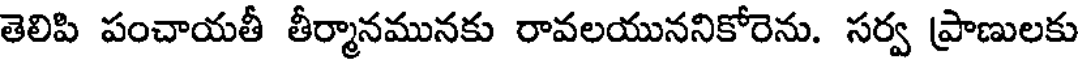
తెలిపి పంచాయతీ తీర్మానమునకు రావలయుననికోరెను. సర్వ ప్రాణులకు